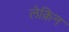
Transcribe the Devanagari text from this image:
लेक़िन